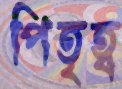
পিতৃত্ব